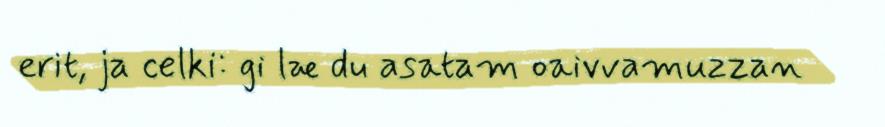
erit, ja celki: gi læ du asatam oaivvamuzzan